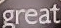
great